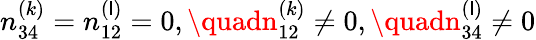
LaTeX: n_{34}^{(k)}=n_{12}^{(\mathsf{l})}=0,\quadn_{12}^{(k)}\ne0,\quadn_{34}^{(\mathsf{l})}\ne0